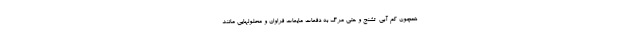
همچون کم آبی  تشنج و حتی مرگ به دفعات مایعات فراوان و محلولهایی مانند